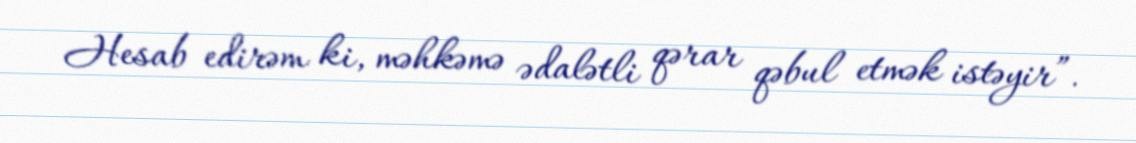
Hesab edirəm ki, məhkəmə ədalətli qərar qəbul etmək istəyir”.